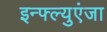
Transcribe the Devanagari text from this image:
इन्फ्ल्युएंजा